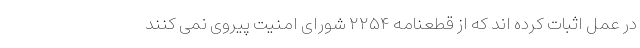
در عمل اثبات کرده اند که از قطعنامه ۲۲۵۴ شورای امنیت پیروی نمی کنند